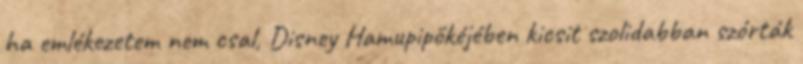
ha emlékezetem nem csal, Disney Hamupipőkéjében kicsit szolidabban szórták